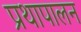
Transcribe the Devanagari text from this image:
प्रथापालन